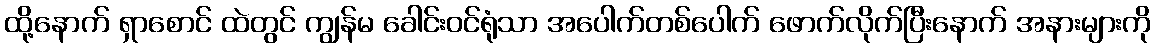
ထို့နောက် ရှာစောင် ထဲတွင် ကျွန်မ ခေါင်းဝင်ရုံသာ အပေါက်တစ်ပေါက် ဖောက်လိုက်ပြီးနောက် အနားများကို